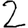
Digit: 2